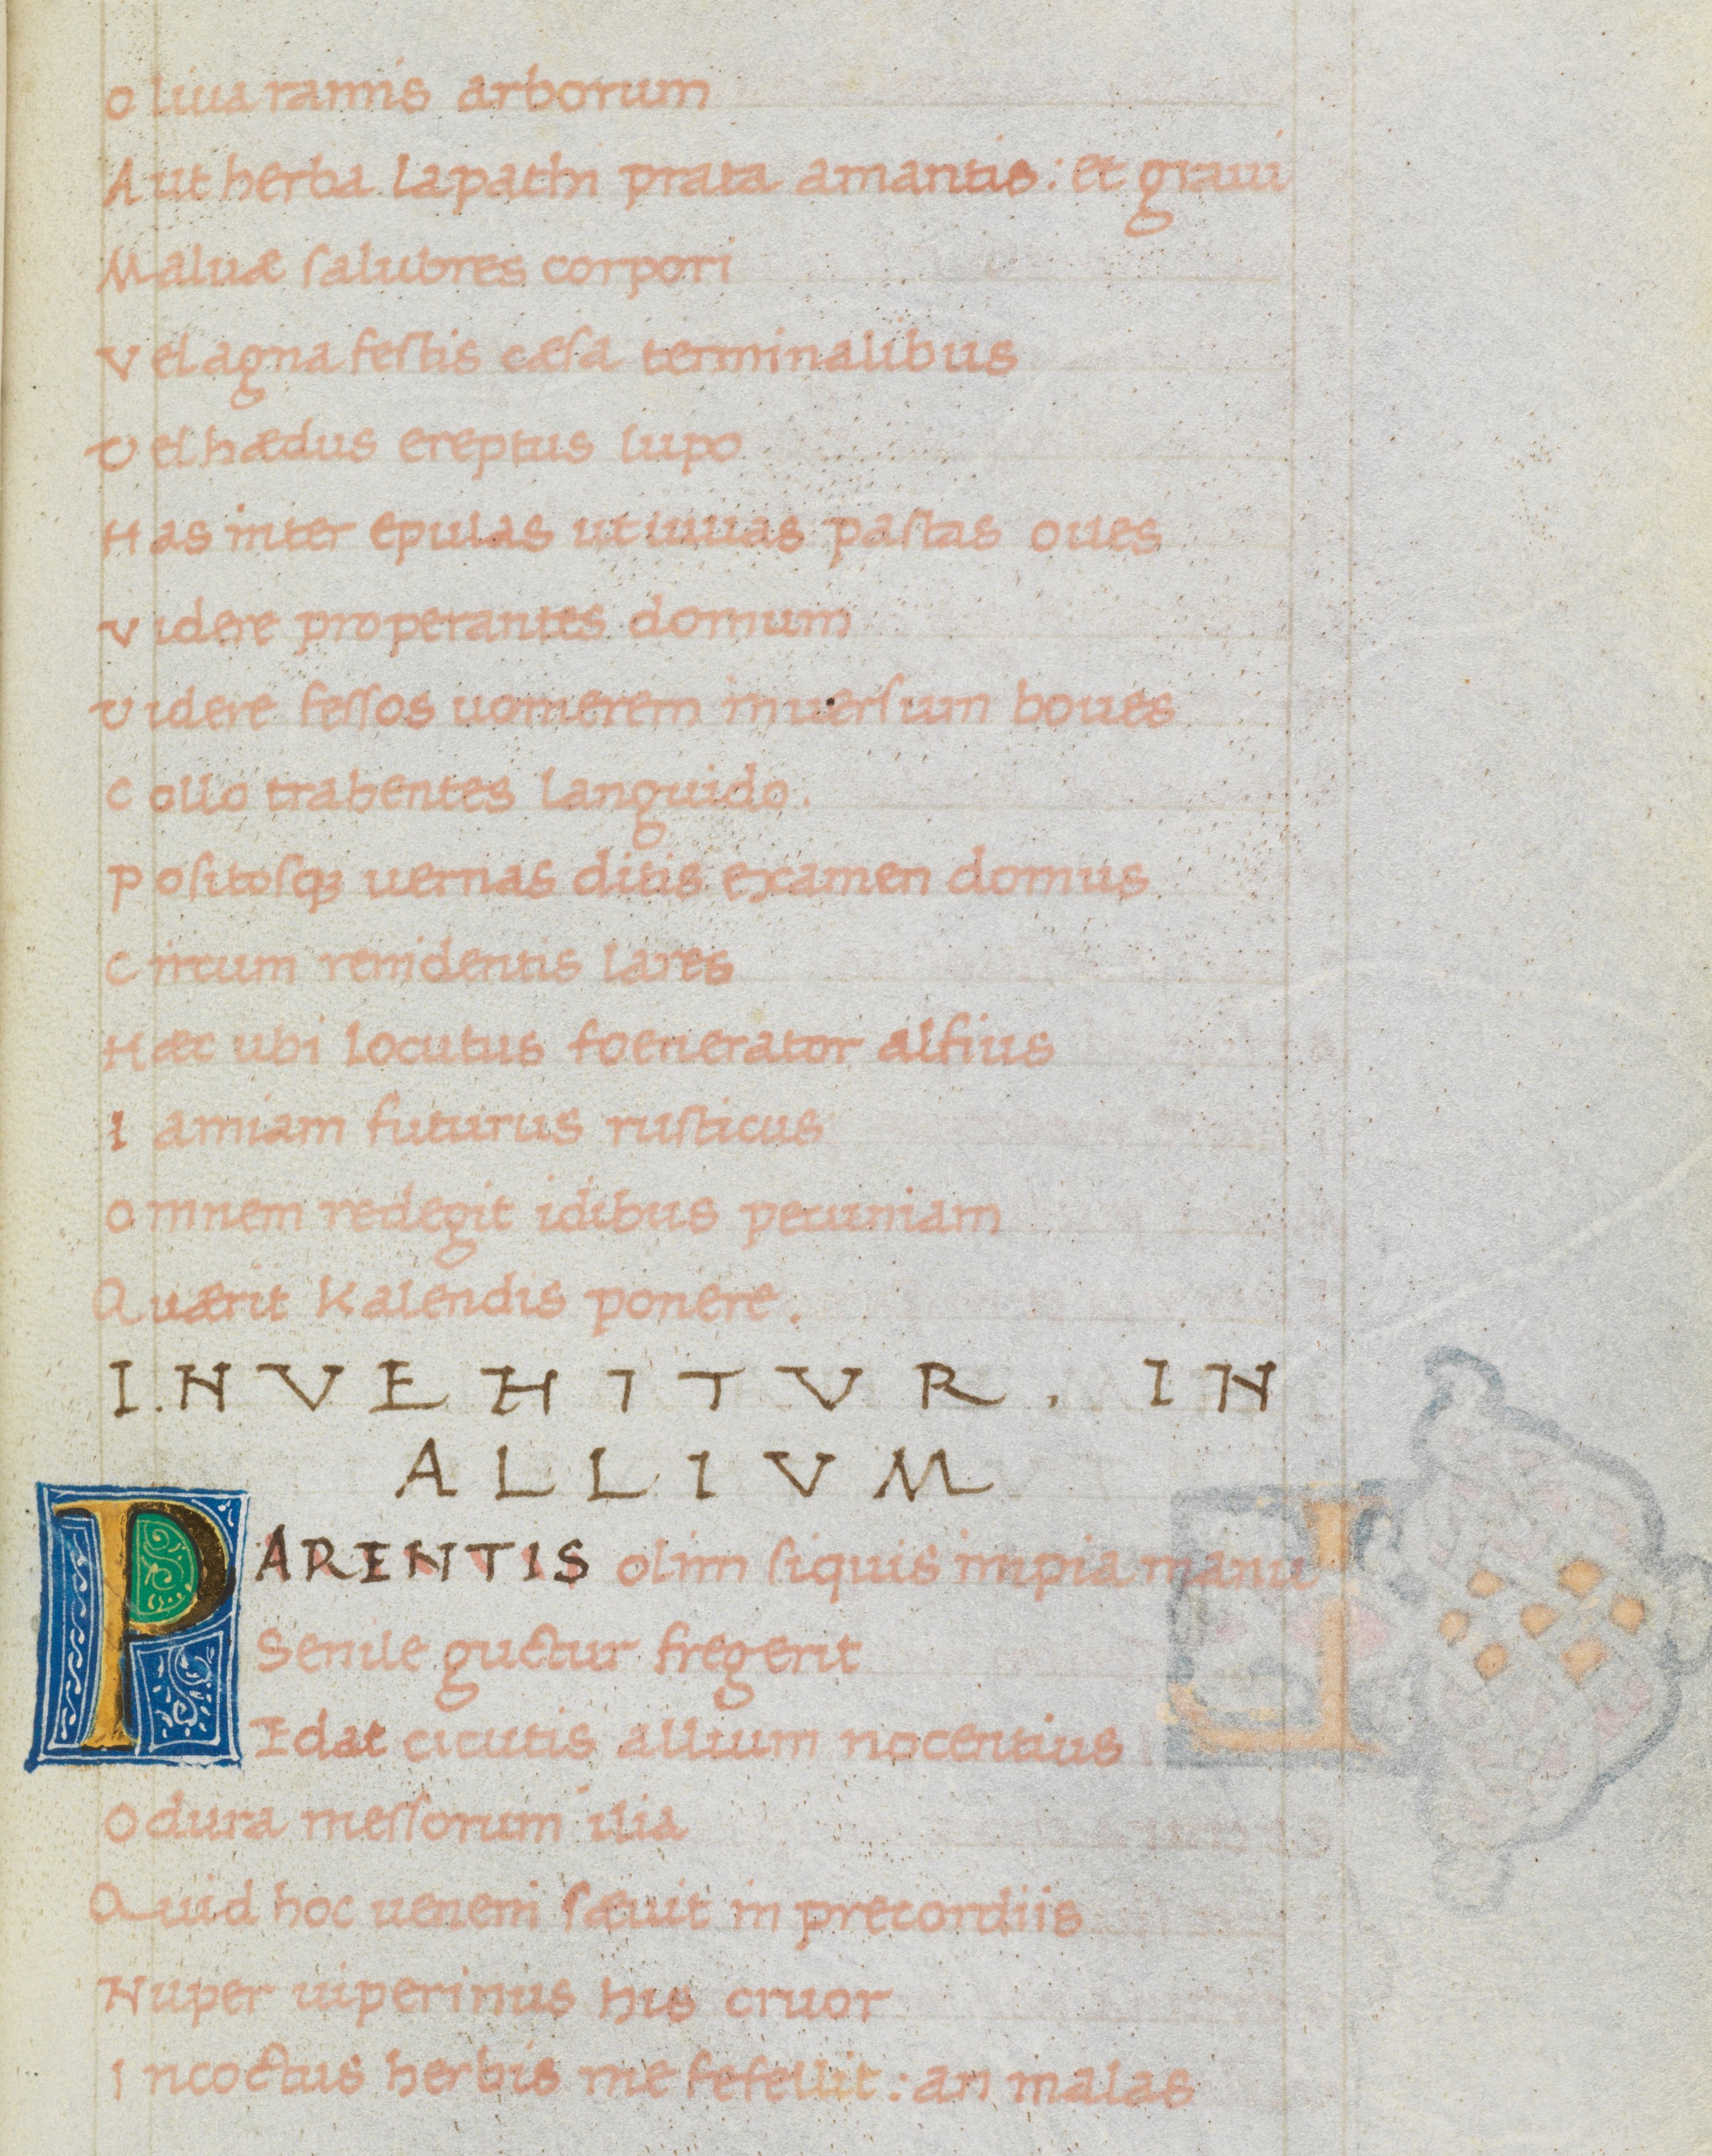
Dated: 1475–1499